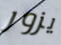
يزور